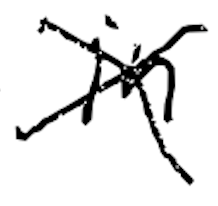
Text: in
Cross-out: cross
Writing tool: digital_black